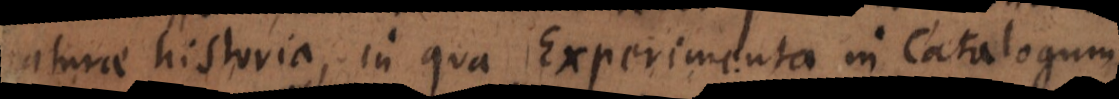
naturae historia, in qua Experimenta in Catalogum